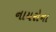
નાયરોના